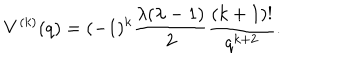
V ^ { ( k ) } ( q ) = ( - 1 ) ^ { k } \frac { \lambda ( \lambda - 1 ) } { 2 } \frac { ( k + 1 ) ! } { q ^ { k + 2 } } .